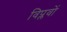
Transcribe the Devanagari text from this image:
विप्लवों